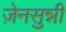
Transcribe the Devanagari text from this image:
ज़ेनसुन्नी